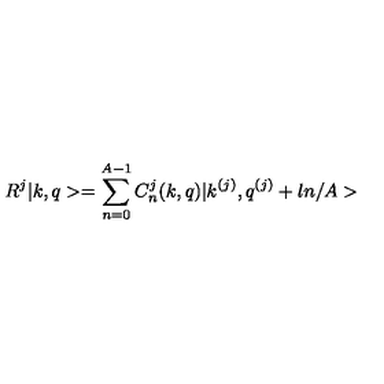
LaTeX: R ^ { j } | k , q > = \sum _ { n = 0 } ^ { A - 1 } C _ { n } ^ { j } ( k , q ) | k ^ { ( j ) } , q ^ { ( j ) } + l n / A >